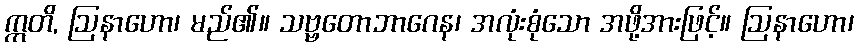
ဣတိ, ဩနာဟော၊ မည်၏။ သဗ္ဗတောဘာဂေန၊ အလုံးစုံသော အဖို့အားဖြင့်။ ဩနာဟော၊